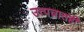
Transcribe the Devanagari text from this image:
उत्पन्नातही